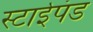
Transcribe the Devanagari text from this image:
स्टाईपंड